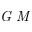
\textit { G M }